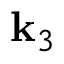
\mathbf { k } _ { 3 }